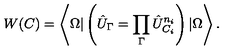
W ( C ) = \left\langle \Omega | \left( \hat { U } _ { \Gamma } = \prod _ { \Gamma } \hat { U } _ { C _ { i } } ^ { n _ { i } } \right) | \Omega \right\rangle .